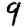
Digit: 9